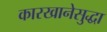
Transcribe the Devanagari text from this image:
कारखानेसुद्धा